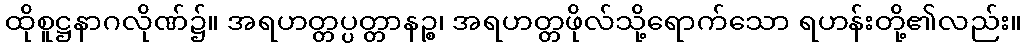
ထိုစူဋ္ဌနာဂလိုဏ်၌။ အရဟတ္တပ္ပတ္တာနဉ္စ၊ အရဟတ္တဖိုလ်သို့ရောက်သော ရဟန်းတို့၏လည်း။